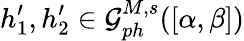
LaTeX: h_{1}^{\prime},h_{2}^{\prime}\in\mathcal{G}_{ph}^{M,s}([\alpha,\beta])